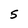
Character: S